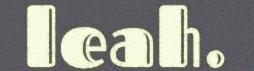
leah.